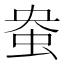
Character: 𫊭